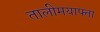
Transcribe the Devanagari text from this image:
तालीमयाफ्ता